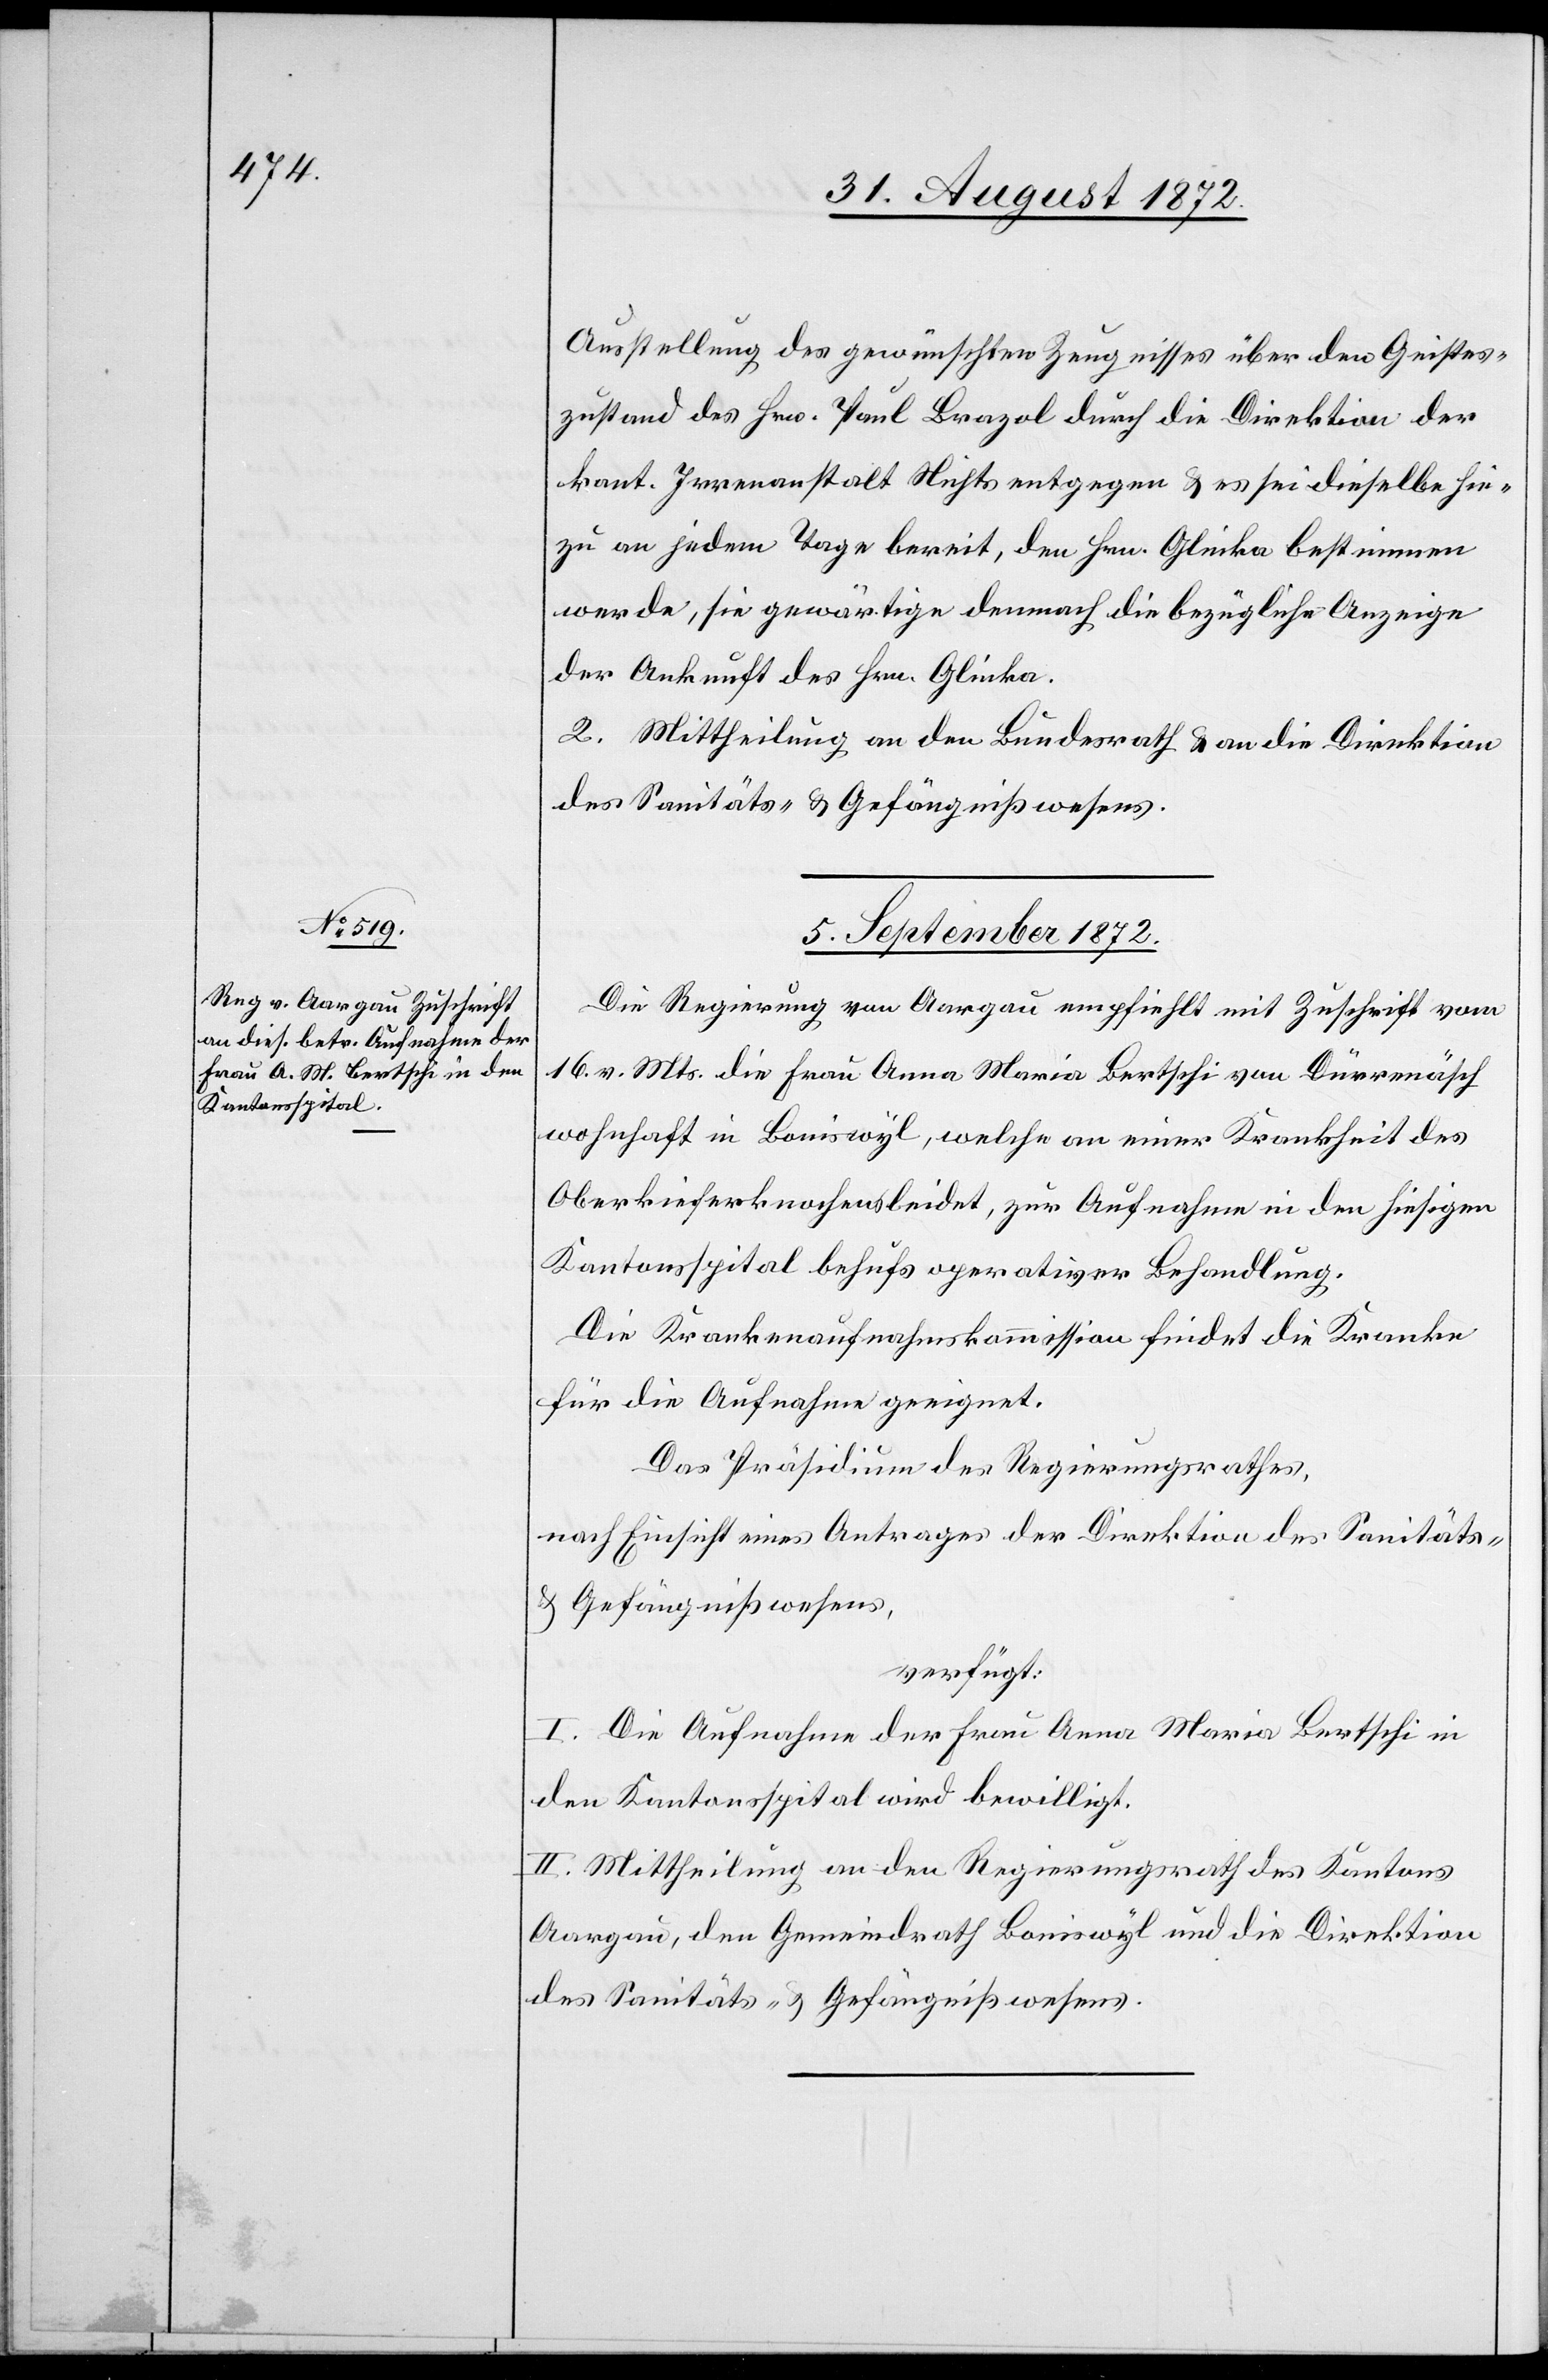
Ausstellung des gewünschten Zeugnisses über den Geistes¬
zustand des Hrn. Paul Brazol durch die Direktion der
kant. Irrenanstalt Nichts entgegen u. es sei dieselbe hie¬
zu an jedem Tage bereit, den Hrn. Glinka bestimmen
werde, sie gewärtige demnach die bezügliche Anzeige
der Ankunft des Hrn. Glinka.
2. Mittheilung an den Bundesrath u. an die Direktion
des Sanitäts- u. Gefängnißwesens.
5. September 1872.
Die Regierung von Aargau empfiehlt mit Zuschrift vom
16. v. Mts. die Frau Anna Maria Bertschi von Dürrenäsch
wohnhaft in Boniswyl, welche an einer Krankheit des
Oberkieferknochens leidet, zur Aufnahme in den hiesigen
Kantonsspital behufs operativer Behandlung.
Die Krankenaufnahmskommission findet die Kranke
für die Aufnahme geeignet.
Das Präsidium des Regierungsrathes,
nach Einsicht eines Antrages der Direktion des Sanitäts-
u. Gefängnißwesens,
verfügt:
I. Die Aufnahme der Frau Anna Maria Bertschi in
den Kantonsspital wird bewilligt.
II. Mittheilung an den Regierungsrath des Kantons
Aargau, den Gemeindrath Boniswyl und die Direktion